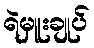
ရဲမှူးချုပ်